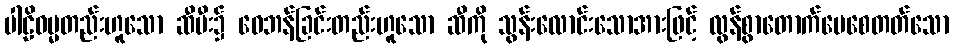
ပါဠိဓမ္မတည်းဟူသော ဆီမီး၌ ဝေဘန်ခြင်းတည်းဟူသော ဆီကို သွန်းလောင်းသောအားဖြင့် လွန်စွာတောက်ပေစေတတ်သော